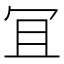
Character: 冝